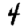
Digit: 4